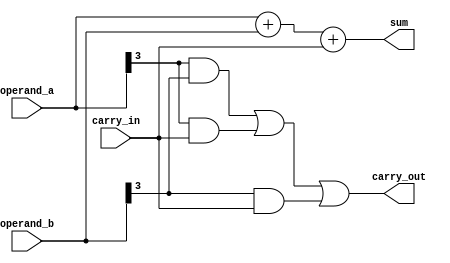
module carry_detect_adder 
  (
   input wire [3:0] operand_a,
   input wire [3:0] operand_b,
   input wire carry_in,
   output reg [4:0] sum,
   output reg carry_out
   );

always @(*)
begin
  sum = operand_a + operand_b + carry_in;
  carry_out = (operand_a[3] & operand_b[3]) | (operand_a[3] & carry_in) | (operand_b[3] & carry_in);
end

endmodule